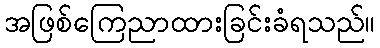
အဖြစ်ကြေညာထားခြင်းခံရသည်။